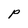
Character: P